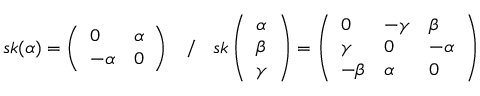
s k ( \alpha ) = \left( \begin{array} { l l } { 0 } & { \alpha } \\ { - \alpha } & { 0 } \end{array} \right) \; \; \; / \; \; \; s k \left( \begin{array} { l } { \alpha } \\ { \beta } \\ { \gamma } \end{array} \right) = \left( \begin{array} { l l l } { 0 } & { - \gamma } & { \beta } \\ { \gamma } & { 0 } & { - \alpha } \\ { - \beta } & { \alpha } & { 0 } \end{array} \right)